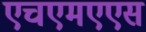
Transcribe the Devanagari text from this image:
एचएमएएस